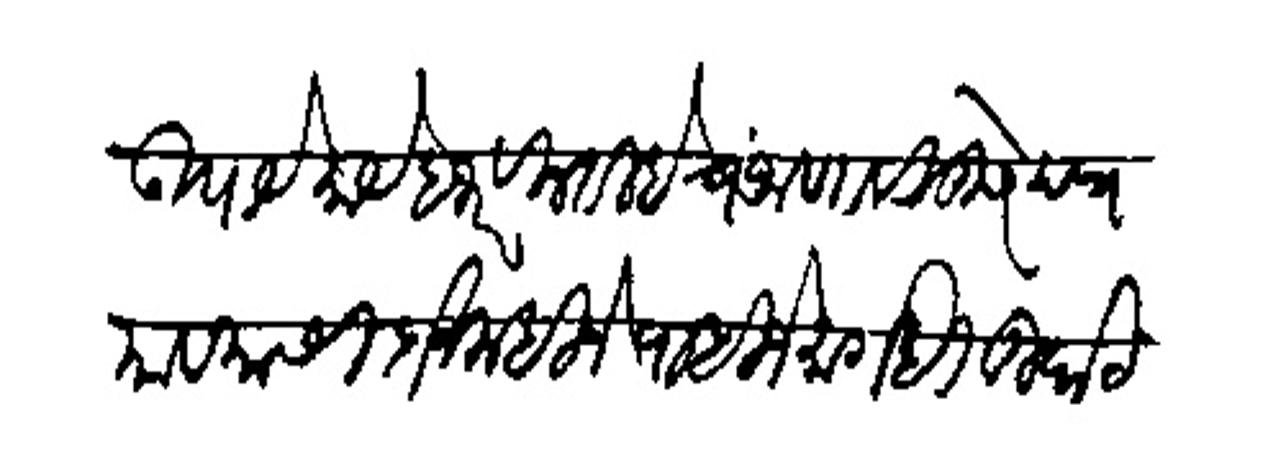
Transliteration (Devanagari): उपाये काये हजार विनती हेच जाणावी दुसरे पत्र यावयासी दोन महिने पाहिजे मागही दुर्घट